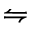
\leftrightharpoons